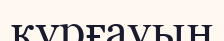
құрғауын